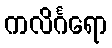
ကလိင်္ဂရော